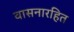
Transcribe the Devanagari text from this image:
वासनारहित